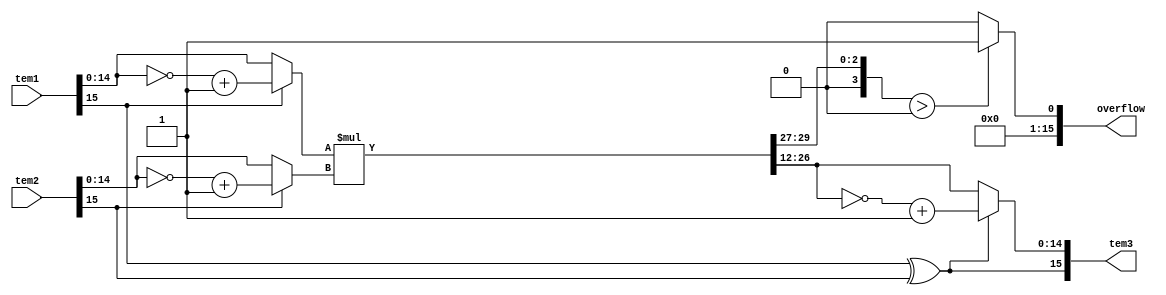
`timescale 1ns / 1ps

module multiply #(
    parameter total_bits = 16,
    parameter fraction_bits = 12)(
    input [total_bits - 1:0] tem1,
    input [total_bits - 1:0] tem2,
    output [total_bits - 1:0] tem3,
    output [total_bits - 1:0] overflow
    );
	
	wire [2*total_bits - 1:0] result;	
	wire [total_bits - 1:0] multiplicand, multiplier, tem1_cmp, tem2_cmp;
	wire [total_bits - 2:0] quantized_result,quantized_result_cmp;
	
	assign overflow = (result[(2*total_bits - 2):(total_bits - 1 + fraction_bits)] > 0) ? 1'b1 : 1'b0; // determine whether there is overflow 
	
	assign tem1_cmp = {~tem1[total_bits - 1], ~tem1[total_bits - 2:0] + 1'b1}; // 2's complement of tem1 
	assign tem2_cmp = {~tem2[total_bits - 1], ~tem2[total_bits - 2:0] + 1'b1}; // 2's complement of tem2 
	
    assign multiplicand = (tem1[total_bits - 1]) ? tem1_cmp : tem1; // assign multiplicand           
    assign multiplier   = (tem2[total_bits - 1]) ? tem2_cmp : tem2; // assign multiplier 
    assign result = multiplicand[total_bits - 2:0] * multiplier[total_bits - 2:0];  
    // remove the sign bit
    
    assign tem3[total_bits - 1] = tem1[total_bits - 1] ^ tem2[total_bits - 1]; //Sign bit of output would be XOR or input sign bits
    assign quantized_result = result[total_bits - 2 + fraction_bits:fraction_bits]; //Quantization of output to required number of bits
    assign quantized_result_cmp = ~quantized_result[total_bits - 2:0] + 1'b1;  //2's complement of quantized_result  {(N-1){1'b1}} - 
    assign tem3[total_bits - 2:0] = (tem1[total_bits - 1] ^ tem2[total_bits - 1]) ? quantized_result_cmp : quantized_result; //If the result is negative, we return a 2's complement representation 
    																					 //of the output value
    
endmodule